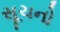
સૂચનો